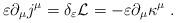
LaTeX: \begin{align*}\varepsilon \partial_{\mu} j^{\mu} = \delta_{\varepsilon}{\cal{L}} = -\varepsilon \partial_{\mu} \kappa^{\mu}~. \end{align*}